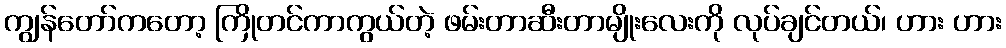
ကျွန်တော်ကတော့ ကြိုတင်ကာကွယ်တဲ့ ဖမ်းတာဆီးတာမျိုးလေးကို လုပ်ချင်တယ်၊ ဟား ဟား